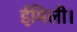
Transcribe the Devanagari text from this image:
ईमिली।